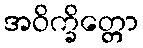
အဝိက္ခိတ္တော